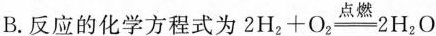
B.反应的化学方程式 2H_{2}+O_{2}\xlongequal[